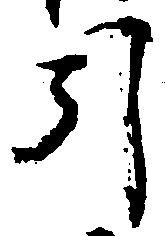
引